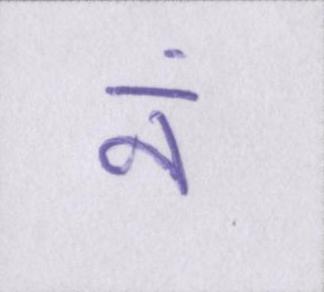
नं